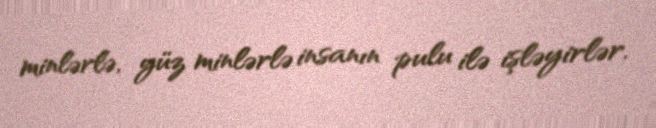
minlərlə, yüz minlərlə insanın pulu ilə işləyirlər.